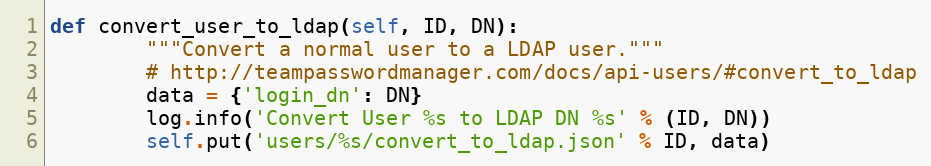
Language: Python
def convert_user_to_ldap(self, ID, DN):
        """Convert a normal user to a LDAP user."""
        # http://teampasswordmanager.com/docs/api-users/#convert_to_ldap
        data = {'login_dn': DN}
        log.info('Convert User %s to LDAP DN %s' % (ID, DN))
        self.put('users/%s/convert_to_ldap.json' % ID, data)